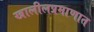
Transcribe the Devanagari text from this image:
खालीलप्रमाणात